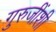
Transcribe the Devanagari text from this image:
गुरुजींशी